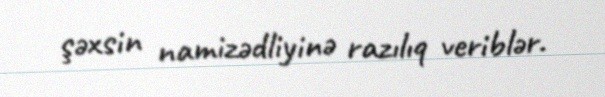
şəxsin namizədliyinə razılıq veriblər.